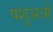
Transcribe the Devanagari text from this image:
पशुअओं